Civil Veterinary Dept. Bombay admin report 1907-1913 - 1907-1913
Year: 1907
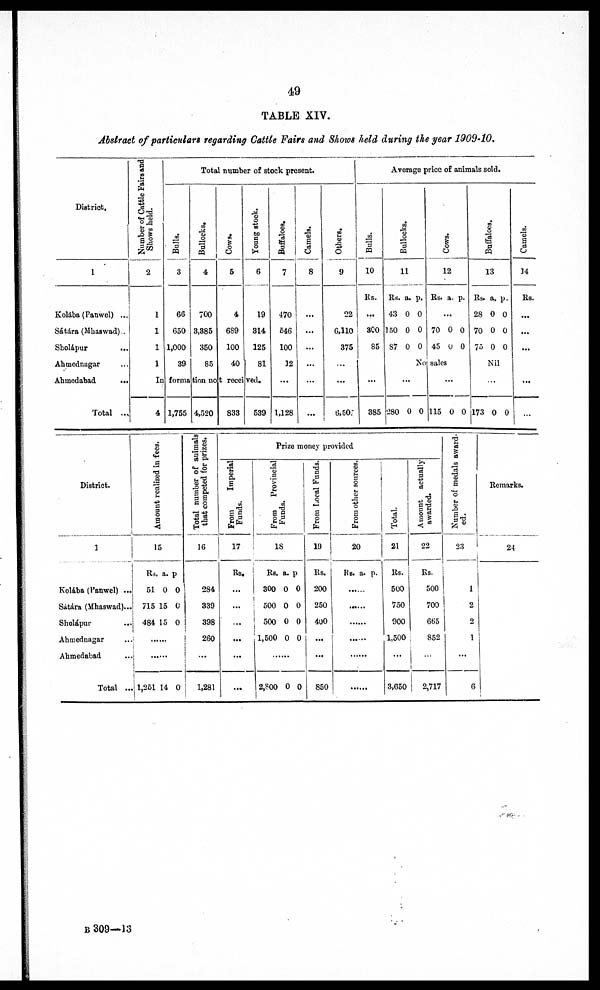
49
TABLE XIV.
Abstract of particulars regarding Cattle Fairs and shows held during the year 1909-10,
District.
1
Kolába (Panwel) ...
Sátára (Mhaswad) ...
Sholápur ...
Ahmednager ...
Ahmedabad ...
Total ...
Dumber of Cattle Fairs and
Shows held.
2
1
1
1
1
Total number of stock present.
Bulls.
3
66
650
1,000
89
Bullocks.
4
700
8,885
360
85
Cows.
5
4
689
100
40
Young stock.
6
19
814
125
81
In forma tion not received.
4 1,755 4,520
838
689
Buffaloes.
7
470
646
100
12
...
1,128
Camels.
8
...
...
...
...
...
...
Others.
9
22
6,110
375
...
...
6,507
Average price of animals sold.
Bulls.
10
Rs.
...
800
85
...
885
Bullocks.
11
Rs. a. p.
43 0 0
150 0 0
87 0 0
No
...
280 0 0
Cows.
12
Rs. a. p.
...
70 0 0
45 0 0
sales
...
115 0 0
Buffaloes.
13
Rs. a. p.
28 0 0
70 0 0
75 0 0
Nil
...
173 0 0
Camels.
14
Rs.
...
...
...
...
District.
1
Kolába (Panwel) ...
Sátára (Mhaswad)...
Sholápur ... ...
Ahmednagar ...
Ahmedabad ...
Total ..
Amount realized
In fees.
15
Rs. a. p
51 0 0
715 15 0
484 15 0
1,261 14 0
Total number of animals
that competed for prizes.
16
284
839
398
260
1,281
Prize money provided
From
Imperial
Funds.
17
Rs.
...
...
...
...
From Provincial
Funds.
18
Rs. a. p
800 0 0
500 0 0
500 0 0
1,500 0 0
2,800 0 0
From Local Funds.
19
Rs.
200
250
400
...
...
850
From other sources.
20
Rs. a- p.
......
......
Total
21
Rs.
500
750
900
1,500
...
3,650
Amount actually
awarded.
22
Rs.
500
700
665
852
...
2,717
Number of medalsaward
-ed.
23
1
2
2
1
...
6
Remarks.
24
B 309—13